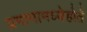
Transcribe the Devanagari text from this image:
प्रमानामध्येहोते